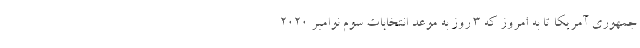
جمهوری آمریکا تا به امروز که 3 روز به موعد انتخابات سوم نوامبر 2020